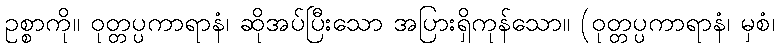
ဥစ္စာကို။ ဝုတ္တပ္ပကာရာနံ၊ ဆိုအပ်ပြီးသော အပြားရှိကုန်သော။ (ဝုတ္တပ္ပကာရာနံ၊ မှစံ၊